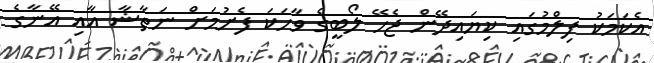
އެކަމަކު ފިލްމުގައި ކިޔައިދޭން ޖެހޭ ލޯބީގެ ވާހަކަ ފެށުމަށް ނަތާޝާ އާއި އޭނާގެ